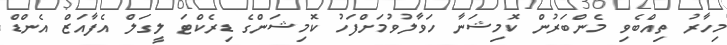
މިހާރު ތިއްބެވި މެންބަރުން ކޮމިޝަނާ ހަވާލުވުމަށްފަހު ކޮމިޝަންގެ ޑިރެކްޓަ ލީގަލް އެފާއަޒް އެންޑް